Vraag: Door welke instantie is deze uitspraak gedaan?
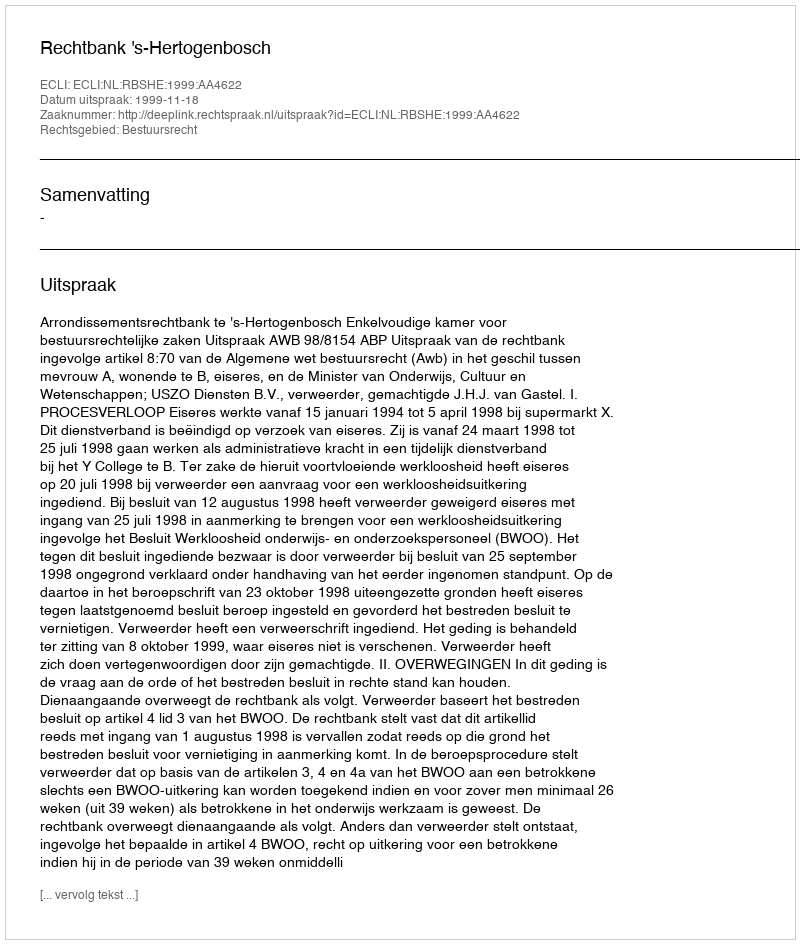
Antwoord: Rechtbank 's-Hertogenbosch